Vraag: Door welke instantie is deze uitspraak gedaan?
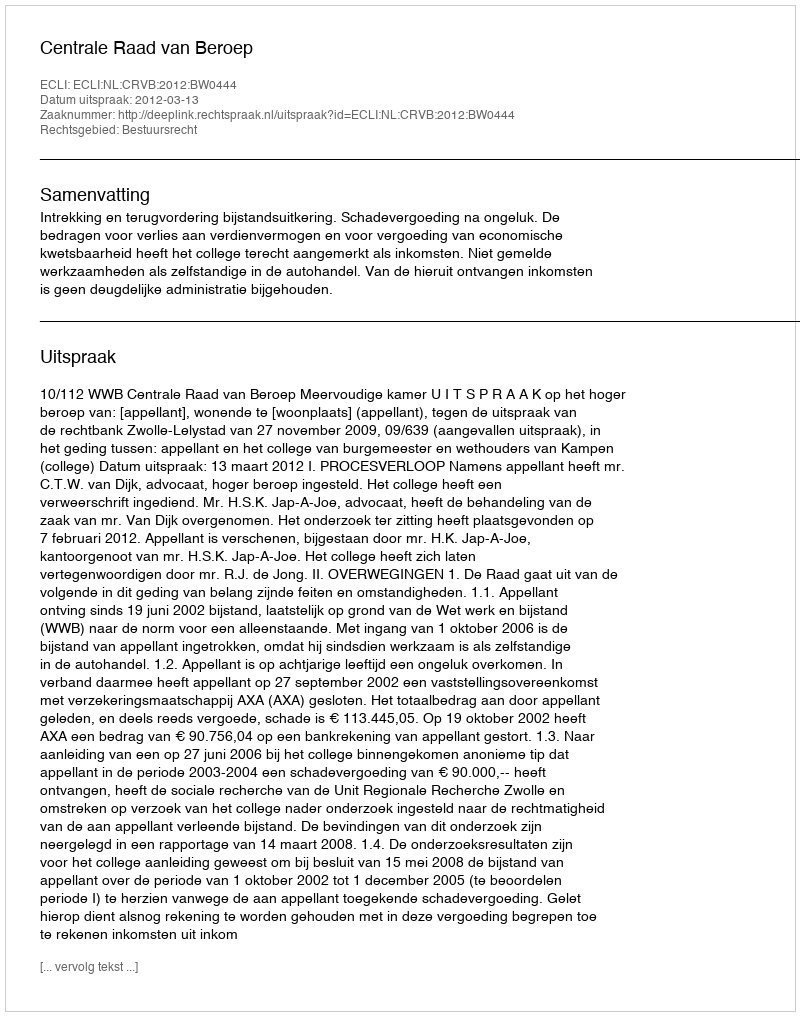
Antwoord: Centrale Raad van Beroep